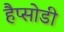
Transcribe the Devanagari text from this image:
हैप्सोडी